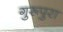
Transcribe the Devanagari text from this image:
गुरूपुरा